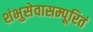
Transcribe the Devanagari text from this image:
शंभुसेवासम्पूरितं